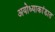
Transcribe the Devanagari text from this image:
अयोध्याकांडात